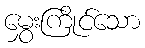
မွှေးကြိုင်သော